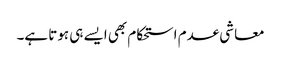
معاشی عدم استحکام بھی ایسے ہی ہوتا ہے۔